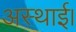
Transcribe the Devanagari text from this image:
अस्थाई।